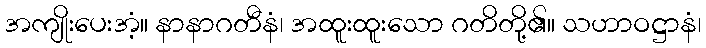
အကျိုးပေးအံ့။ နာနာဂတီနံ၊ အထူးထူးသော ဂတိတို့၏။ သဟာဝဋ္ဌာနံ၊